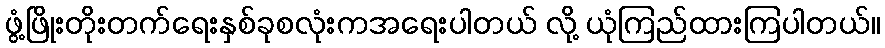
ဖွံ့ဖြိုးတိုးတက်ရေးနှစ်ခုစလုံးကအရေးပါတယ် လို့ ယုံကြည်ထားကြပါတယ်။